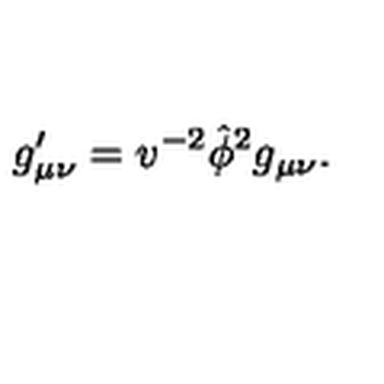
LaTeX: g _ { \mu \nu } ^ { \prime } = v ^ { - 2 } \hat { \phi } ^ { 2 } g _ { \mu \nu } .